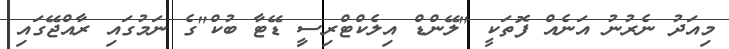
މިއަދު ނެރުނު އަނެއް ފޮތަކީ "ލޭންޑް އިލެކްޓްރިސިީ ޑޭޓާ ބުކް"ގެ ނަމުގައި ރާއްޖޭގައި